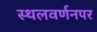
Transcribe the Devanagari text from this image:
स्थलवर्णनपर